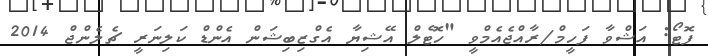
ފޮޓޯ: އަޝްވާ ފަހީމް/ރާއްޖެއެމްވީ "ހޮޓެލް އޭޝިޔާ އެގްޒިބިޝަން އެންޑް ކަލިނަރީ ޗެލެންޖް 2014